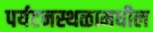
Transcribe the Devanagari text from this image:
पर्यटनस्थळामधील